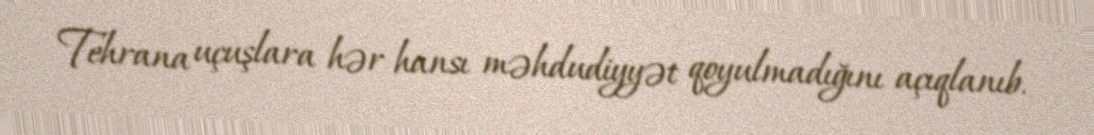
Tehrana uçuşlara hər hansı məhdudiyyət qoyulmadığını açıqlanıb.